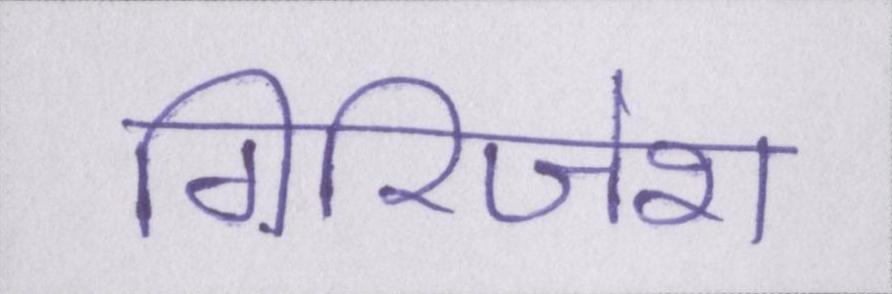
गिरिजेश